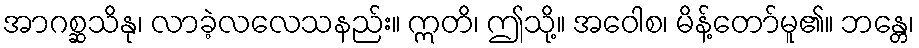
အာဂစ္ဆသိနု၊ လာခဲ့လလေသနည်း။ ဣတိ၊ ဤသို့။ အဝေါစ၊ မိန့်တော်မူ၏။ ဘန္တေ၊